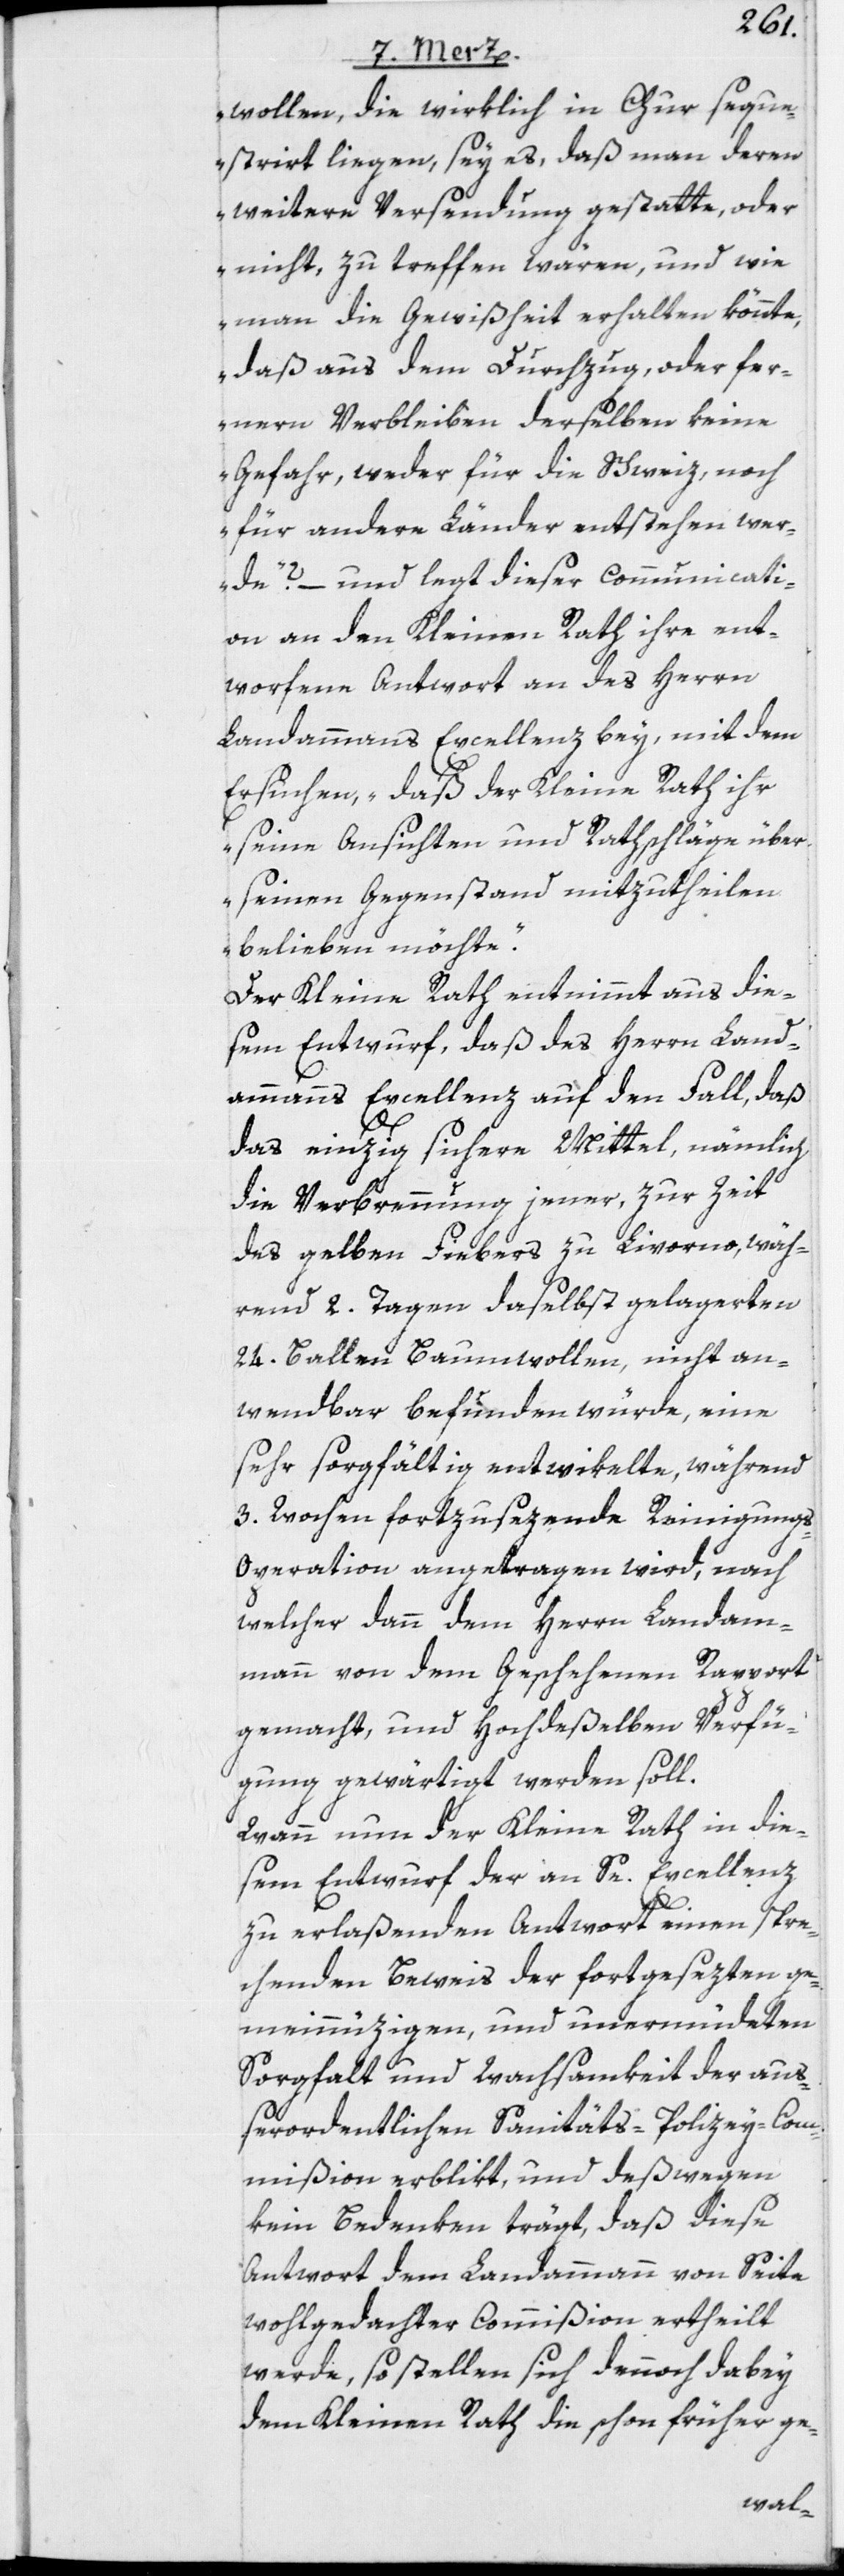
wollen, die wirklich in Chur seque¬
stirt liegen, sey es, daß man deren
weitere Versendung gestatte, oder
nicht, zu treffen wären, und wie
man die Gewißheit erhalten könnte,
daß aus dem Durchzug, oder fer¬
nern Verbleiben derselben keine
Gefahr, weder für die Schweiz, noch
für andere Länder entstehen wer¬
de?“ – und legt dieser Communicati¬
on an den Kleinen Rath ihre ent¬
worfene Antwort an des Herrn
Landamman[n]s Excellenz bey, mit dem
Ersuchen, „daß der Kleine Rath ihr
seine Ansichten und Rathschläge über
seinen Gegenstand mitzutheilen
belieben möchte“.
Der Kleine Rath entnimmt aus die¬
sem Entwurf, daß des Herrn Land¬
ammanns Excellenz auf den Fall, daß
das einzig sichere Mittel, nämlich
die Verbrennung jener, zur Zeit
des gelben Fiebers zu Livorno, wäh¬
rend 2. Tagen daselbst gelagerten
24. Ballen Baumwollen, nicht an¬
wendbar befunden würde, eine
sehr sorgfältig entwikelte, während
3. Wochen fortzusezende Reinigung¬
s-Operation angetragen wird, nach
welcher dann dem Herrn Landam¬
mann von dem Geschehenen Rapport
gemacht, und Hochdeßelben Verfü¬
gung gewärtigt werden soll.
Wann nun der Kleine Rath in die¬
sem Entwurf der an Se. Excellenz
zu erlaßenden Antwort einen spre¬
chenden Beweis der fortgesezten ge¬
meinnüzigen, und unermüdeten
Sorgfalt und Wachsamkeit der auß¬
erordentlichen Sanitäts-Polizey-Com¬
mißion erblikt, und deßwegen
kein Bedenken trägt, daß diese
Antwort dem Landammann von Seite
wohlgedachter Commißion ertheilt
werde, so stellen sich dennoch dabey
dem Kleinen Rath die schon früher ge-